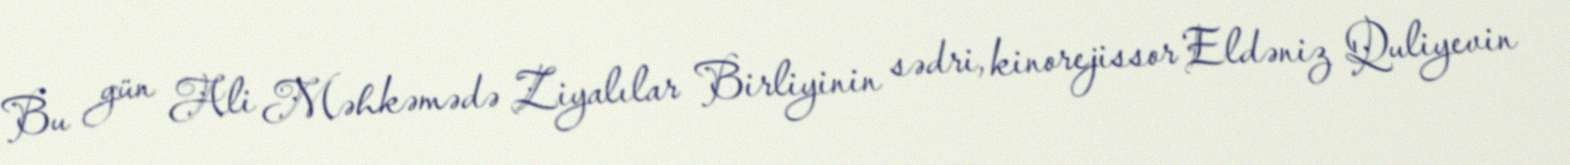
Bu gün Ali Məhkəmədə Ziyalılar Birliyinin sədri, kinorejissor Eldəniz Quliyevin